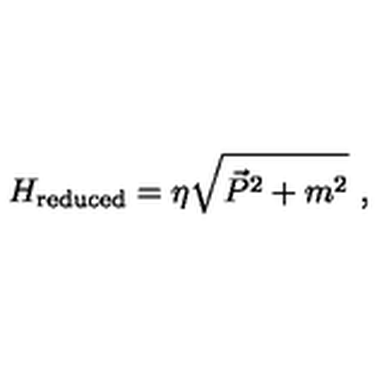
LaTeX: H _ { \mathrm { r e d u c e d } } = \eta \sqrt { \vec { P } ^ { 2 } + m ^ { 2 } } \ ,